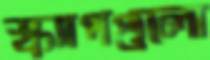
স্ক্যাপগুলো